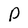
Character: p